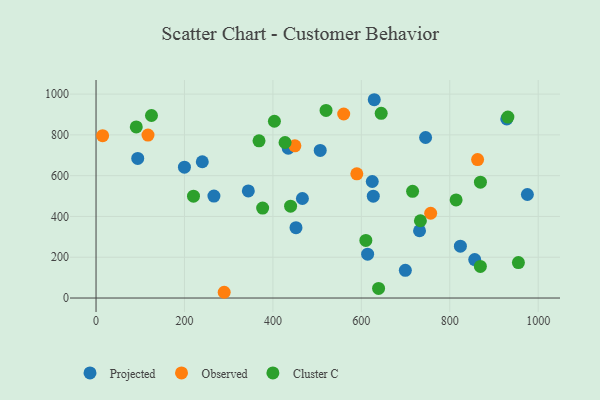
{"axis": {"x": "Experience", "y": "Rating"}, "legend": ["Cluster C", "Observed", "Projected"], "data": [{"x": "614.2", "y": 215.1, "type": "Projected"}, {"x": "452.2", "y": 345.0, "type": "Projected"}, {"x": "266.6", "y": 500.1, "type": "Projected"}, {"x": "94.3", "y": 684.5, "type": "Projected"}, {"x": "629.2", "y": 972.4, "type": "Projected"}, {"x": "199.9", "y": 641.8, "type": "Projected"}, {"x": "624.7", "y": 571.5, "type": "Projected"}, {"x": "745.3", "y": 787.1, "type": "Projected"}, {"x": "975.5", "y": 507.7, "type": "Projected"}, {"x": "856.4", "y": 188.4, "type": "Projected"}, {"x": "627.0", "y": 499.6, "type": "Projected"}, {"x": "699.5", "y": 135.8, "type": "Projected"}, {"x": "240.3", "y": 668.2, "type": "Projected"}, {"x": "824.0", "y": 254.1, "type": "Projected"}, {"x": "928.9", "y": 878.4, "type": "Projected"}, {"x": "731.6", "y": 329.8, "type": "Projected"}, {"x": "344.4", "y": 525.2, "type": "Projected"}, {"x": "434.7", "y": 735.0, "type": "Projected"}, {"x": "466.7", "y": 488.1, "type": "Projected"}, {"x": "507.0", "y": 723.8, "type": "Projected"}, {"x": "756.8", "y": 415.8, "type": "Observed"}, {"x": "862.9", "y": 679.1, "type": "Observed"}, {"x": "589.8", "y": 609.1, "type": "Observed"}, {"x": "449.7", "y": 746.4, "type": "Observed"}, {"x": "117.5", "y": 799.1, "type": "Observed"}, {"x": "14.9", "y": 795.9, "type": "Observed"}, {"x": "289.8", "y": 28.2, "type": "Observed"}, {"x": "560.1", "y": 902.3, "type": "Observed"}, {"x": "520.2", "y": 919.9, "type": "Cluster C"}, {"x": "814.3", "y": 480.9, "type": "Cluster C"}, {"x": "639.0", "y": 47.1, "type": "Cluster C"}, {"x": "715.9", "y": 523.3, "type": "Cluster C"}, {"x": "91.0", "y": 839.0, "type": "Cluster C"}, {"x": "869.3", "y": 568.3, "type": "Cluster C"}, {"x": "440.0", "y": 450.4, "type": "Cluster C"}, {"x": "403.4", "y": 866.8, "type": "Cluster C"}, {"x": "125.4", "y": 895.0, "type": "Cluster C"}, {"x": "931.4", "y": 887.4, "type": "Cluster C"}, {"x": "955.2", "y": 173.8, "type": "Cluster C"}, {"x": "733.6", "y": 378.9, "type": "Cluster C"}, {"x": "220.4", "y": 499.3, "type": "Cluster C"}, {"x": "869.2", "y": 155.1, "type": "Cluster C"}, {"x": "644.9", "y": 905.5, "type": "Cluster C"}, {"x": "610.2", "y": 282.7, "type": "Cluster C"}, {"x": "427.5", "y": 762.7, "type": "Cluster C"}, {"x": "368.6", "y": 771.1, "type": "Cluster C"}, {"x": "376.8", "y": 441.1, "type": "Cluster C"}]}